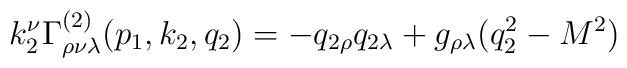
k_2^\nu \Gamma _{\rho \nu \lambda }^{(2)}(p_1,k_2,q_2)=-q_{2\rho}q_{2\lambda }+g_{\rho \lambda }(q_2^2-M^2)